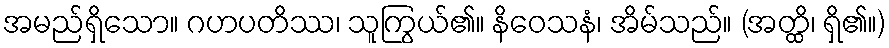
အမည်ရှိသော။ ဂဟပတိဿ၊ သူကြွယ်၏။ နိဝေသနံ၊ အိမ်သည်။ (အတ္ထိ၊ ရှိ၏။)